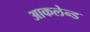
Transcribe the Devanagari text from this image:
आकलेन्ड